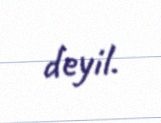
deyil.